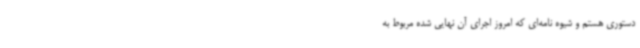
دستوری هستم و شیوه‌ نامه‌ای که امروز اجرای آن نهایی شده مربوط به